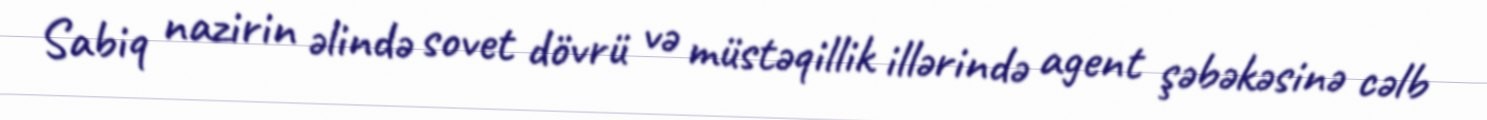
Sabiq nazirin əlində sovet dövrü və müstəqillik illərində agent şəbəkəsinə cəlb